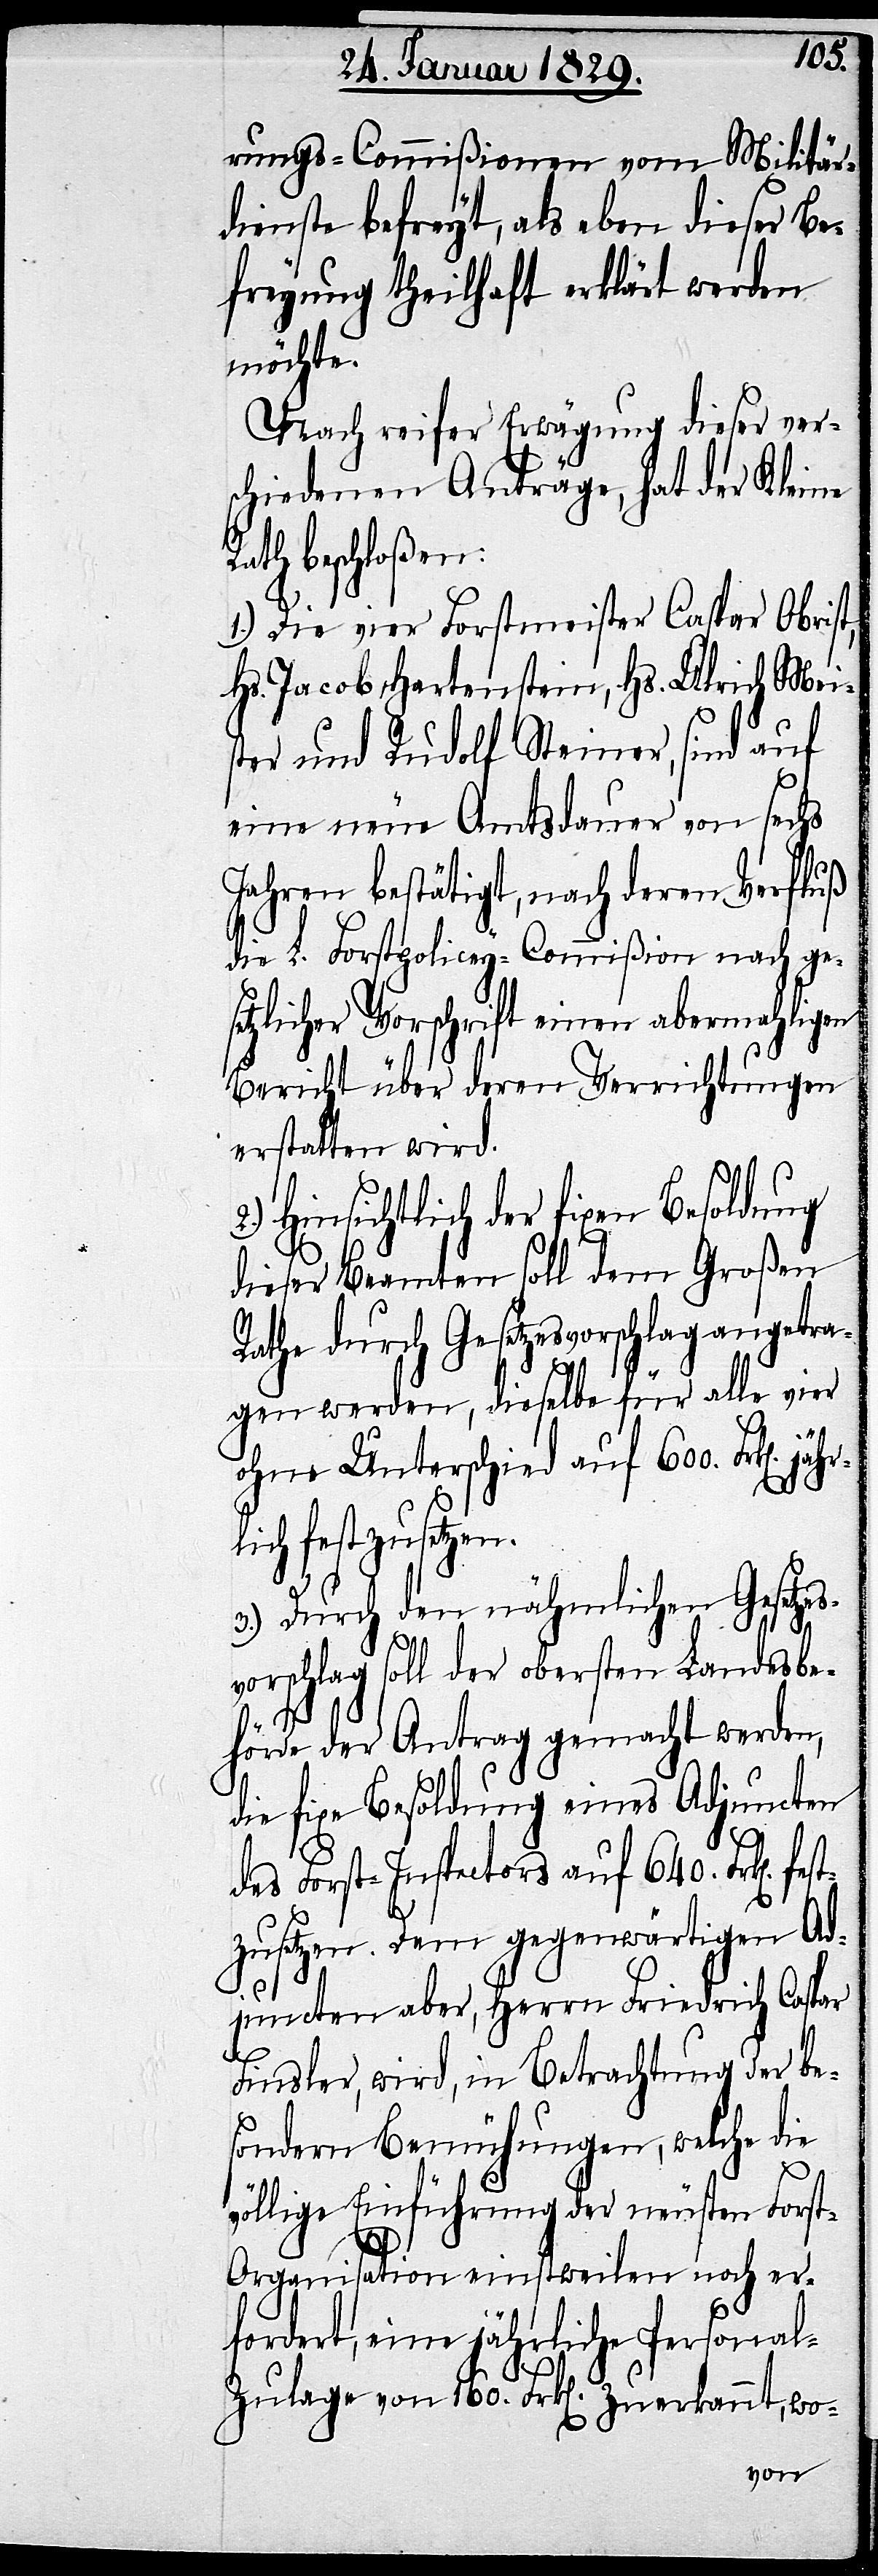
jähr¬
rungs-Commißionen vom Militär¬
dienste befreyt, als eben dieser Be¬
freyung theilhaft erklärt werden
möchte.
Nach reifer Erwägung dieser ver¬
schiedenen Anträge, hat der Kleine
Rath beschloßen:
1.) Die vier Forstmeister Caspar Obrist,
Hs. Jacob Hartenstein, Hs. Ulrich Mei¬
ster und Rudolf Steiner, sind auf
eine neue Amtsdauer von sechs
Jahren bestätigt, nach deren Verfluß
die L. Forstpolicey-Commißion nach ge¬
setzlicher Vorschrift einen abermahligen
Bericht über deren Verrichtungen
erstatten wird.
2.) Hinsichtlich der fixen Besoldung
dieser Beamten soll dem Großen
Rathe durch Gesetzesvorschlag angetra¬
gen werden, dieselben für alle vier
ohne Unterschied auf 600. Frk[en].
lich festzusetzen.
3.) Durch den nähmlichen Gesetze¬
svorschlag soll der obersten Landesbe¬
hörde der Antrag gemacht werden,
die fixe Besoldung eines Adjuncten
des Forst-Inspectors auf 640. Frk[en].
tzusetzen. Dem gegenwärtigen Ad¬
juncten aber, Herrn Friedrich Caspar
Finsler, wird, in Betrachtung der be¬
sondern Bemühungen, welche die
völlige Einführung der neusten Fors¬
fes¬
t-Organisation einstweilen noch er¬
fordert, eine jährliche Persona¬
l-Zulage von 160. Frk[en]. zuerkannt, wo-